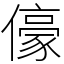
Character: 儫